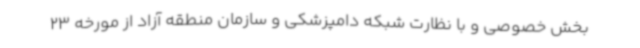
بخش خصوصی و با نظارت شبکه دامپزشکی و سازمان منطقه آزاد از مورخه 23